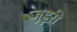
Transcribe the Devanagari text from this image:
जुहूरी